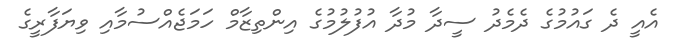
އެއީ ދެ ގައުމުގެ ދެމެދު ސީދާ މުދާ އުފުލުމުގެ އިންތިޒާމް ހަމަޖެއްސުމާއި ވިޔަފާރީގެ